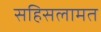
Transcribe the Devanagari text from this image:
सहिसलामत